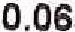
0.06